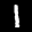
Label: 1